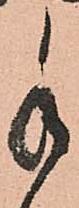
手